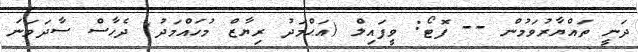
ދަނީ ތައްޔާރުވަމުން -- ފޮޓޯ: ވީފައިލް (އަޙްމަދު ރިޔާޒް މުހައްމަދު) ދެހާސް ސާދަވަނަ